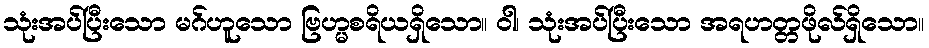
သုံးအပ်ပြီးသော မဂ်ဟူသော ဗြဟ္မစရိယရှိသော။ ဝါ၊ သုံးအပ်ပြီးသော အရဟတ္တဖိုလ်ရှိသော။